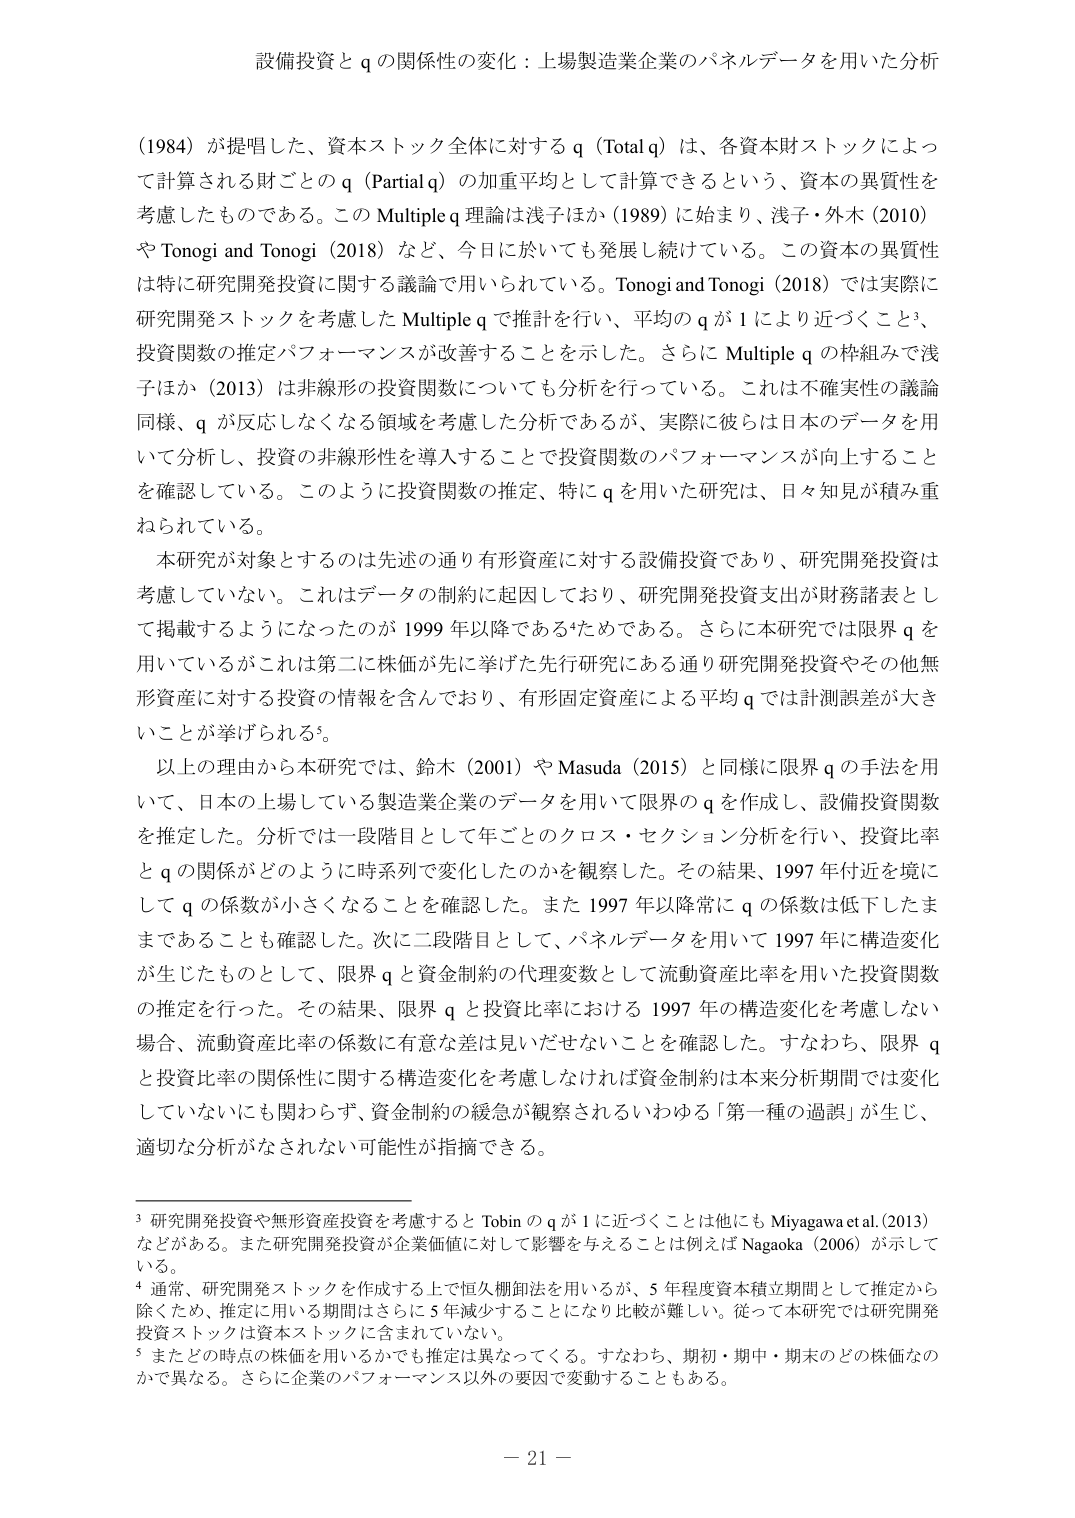
設備投資と q の関係性の変化：上場製造業企業のパネルデータを用いた分析

（1984）が提唱した、資本ストック全体に対する q（Total q）は、各資本財ストックによって計算される財ごとの q（Partial q）の加重平均として計算できるという、資本の異質性を考慮したものである。この Multiple q 理論は浅子ほか（1989）に始まり、浅子・外木（2010）や Tonogi and Tonogi（2018）など、今日に於いても発展し続けている。この資本の異質性は特に研究開発投資に関する議論で用いられている。Tonogi and Tonogi（2018）では実際に研究開発ストックを考慮した Multiple q で推計を行い、平均の q が 1 により近づくこと、投資関数の推定パフォーマンスが改善することを示した。さらに Multiple q の枠組みで浅子ほか（2013）は非線形の投資関数についても分析を行っている。これは不確実性の議論同様、q が反応しなくなる領域を考慮した分析であるが、実際に彼らは日本のデータを用いて分析し、投資の非線形性を導入することで投資関数のパフォーマンスが向上することを確認している。このように投資関数の推定、特に q を用いた研究は、日々知見が積み重ねられている。

本研究が対象とするのは先述の通り有形資産に対する設備投資であり、研究開発投資は考慮していない。これはデータの制約に起因しており、研究開発投資支出が財務諸表として掲載するようになったのが 1999 年以降であるためである。さらに本研究では限界 q を用いているがこれは第二に株価が先に挙げた先行研究にある通り研究開発投資やその他無形資産に対する投資の情報を含んでおり、有形固定資産による平均 q では計測誤差が大きいことが挙げられる⁵。

以上の理由から本研究では、鈴木（2001）や Masuda（2015）と同様に限界 q の手法を用いて、日本の上場している製造業企業のデータを用いて限界の q を作成し、設備投資関数を推定した。分析では一段階目として年ごとのクロス・セクション分析を行い、投資比率と q の関係がどのように時系列で変化したのかを観察した。その結果、1997 年付近を境にして q の係数が小さくなることを確認した。また 1997 年以降常に q の係数は低下したままであることも確認した。次に二段階目として、パネルデータを用いて 1997 年に構造変化が生じたものとして、限界 q と資金制約の代理変数として流動資産比率を用いた投資関数の推定を行った。その結果、限界 q と投資比率における 1997 年の構造変化を考慮しない場合、流動資産比率の係数に有意な差は見いだせないことを確認した。すなわち、限界 q と投資比率の関係性に関する構造変化を考慮しなければ資金制約は本来分析期間では変化していないにも関わらず、資金制約の緩急が観察されるいわゆる「第一種の過誤」が生じ、適切な分析がなされない可能性が指摘できる。

³ 研究開発投資や無形資産投資を考慮すると Tobin の q が 1 に近づくことは他にも Miyagawa et al.（2013）などがある。また研究開発投資が企業価値に対して影響を与えることは例えば Nagaoka（2006）が示している。

⁴ 通常、研究開発ストックを作成する上で恒久棚卸法を用いるが、5 年程度資本積立期間として推定から除くため、推定に用いる期間はさらに 5 年減少することになり比較が難しい。従って本研究では研究開発投資ストックは資本ストックに含まれていない。

⁵ またどの時点の株価を用いるかでも推定は異なってくる。すなわち、期初・期中・期末のどの株価なのかで異なる。さらに企業のパフォーマンス以外の要因で変動することもある。

－ 21 －